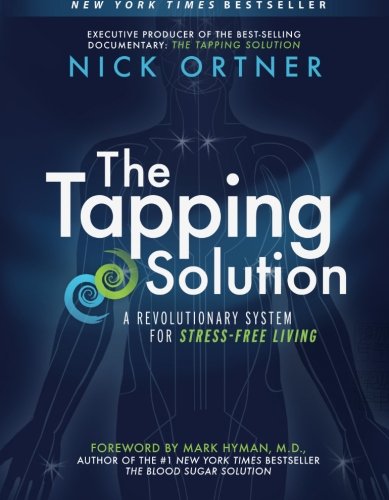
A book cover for The Tapping Solution: A Revolutionary System for Stress-Free Living; Nick Ortner; Self-Help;